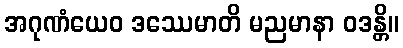
အဂုဏံယေဝ ဒဿေမာတိ မညမာနာ ဝဒန္တိ။